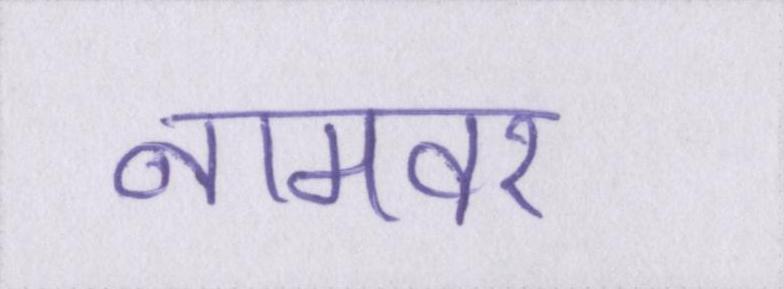
नामवर